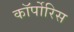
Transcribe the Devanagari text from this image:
कॉर्पोरिस